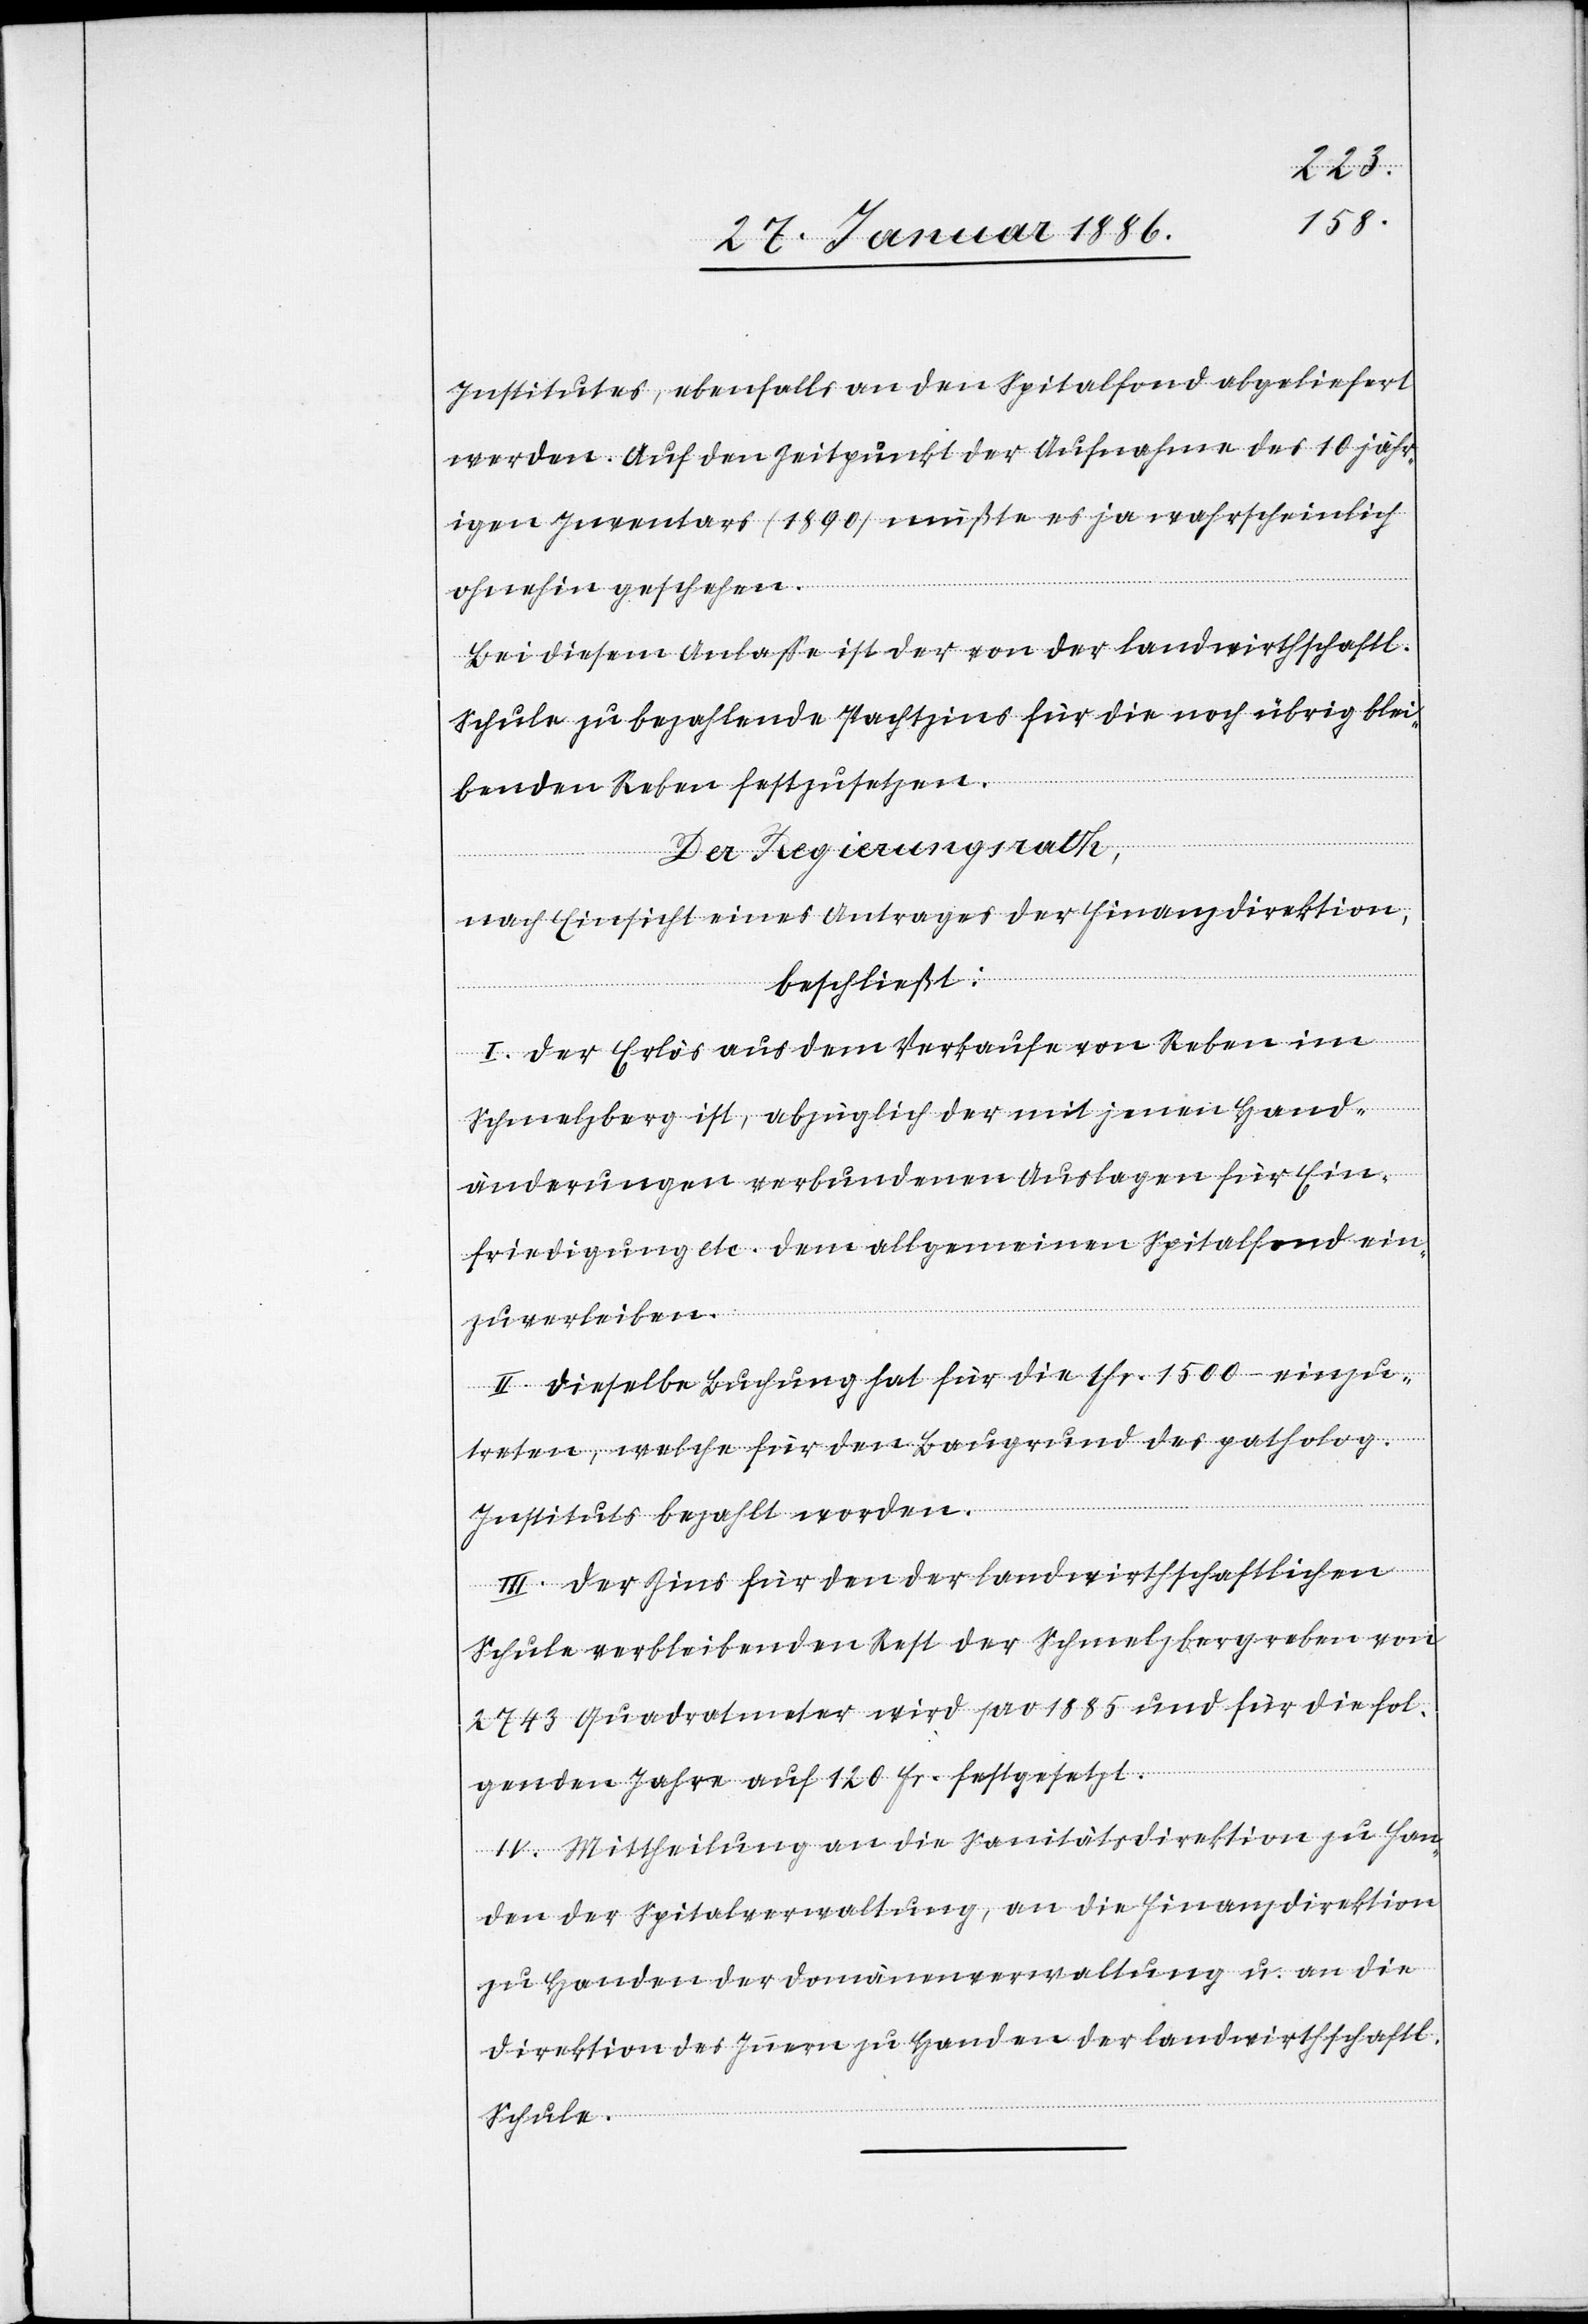
Institutes, ebenfalls an den Spitalfond abgeliefert
werden. Auf den Zeitpunkt der Aufnahme des 10 jähr¬
igen Inventars (1890) müßte es ja wahrscheinlich
ohnehin geschehen.
Bei diesem Anlaße ist der von der landwirthschaftl.
Schule zu bezahlende Pachtzins für die noch übrig blei¬
bende Reben festzusetzen.
Der Regierungsrath,
nach Einsicht eines Antrags der Finanzdirektion,
beschließt:
I. Der Erlös aus dem Verkaufe von Reben im
Schmelzberg ist, abzüglich der mit jenen Hand¬
änderungen verbundenen Auslagen für Ein¬
friedigung etc. dem allgemeinen Spitalfond ein¬
zuverleiben.
II. Dieselbe Buchung hat für die Fr. 1500.– einzu¬
treten, welche für den Baugrund des patholog.
Institutes bezahlt worden.
III. Der Zins für den der landwirthschaftlichen
Schule verbleibenden Rest der Schmelzbergreben von
2743 Quadratmeter wird pro 1885 und für die fol¬
genden Jahre auf 120 Fr. festgesetzt.
IV. Mittheilung an die Sanitätsdirektion zu Han¬
den der Spitalverwaltung, an die Finanzdirektion
zu Handen der Domänenverwaltung u. an die
Direktion des Innern zu Handen der landwirthschaftl.
Schule.